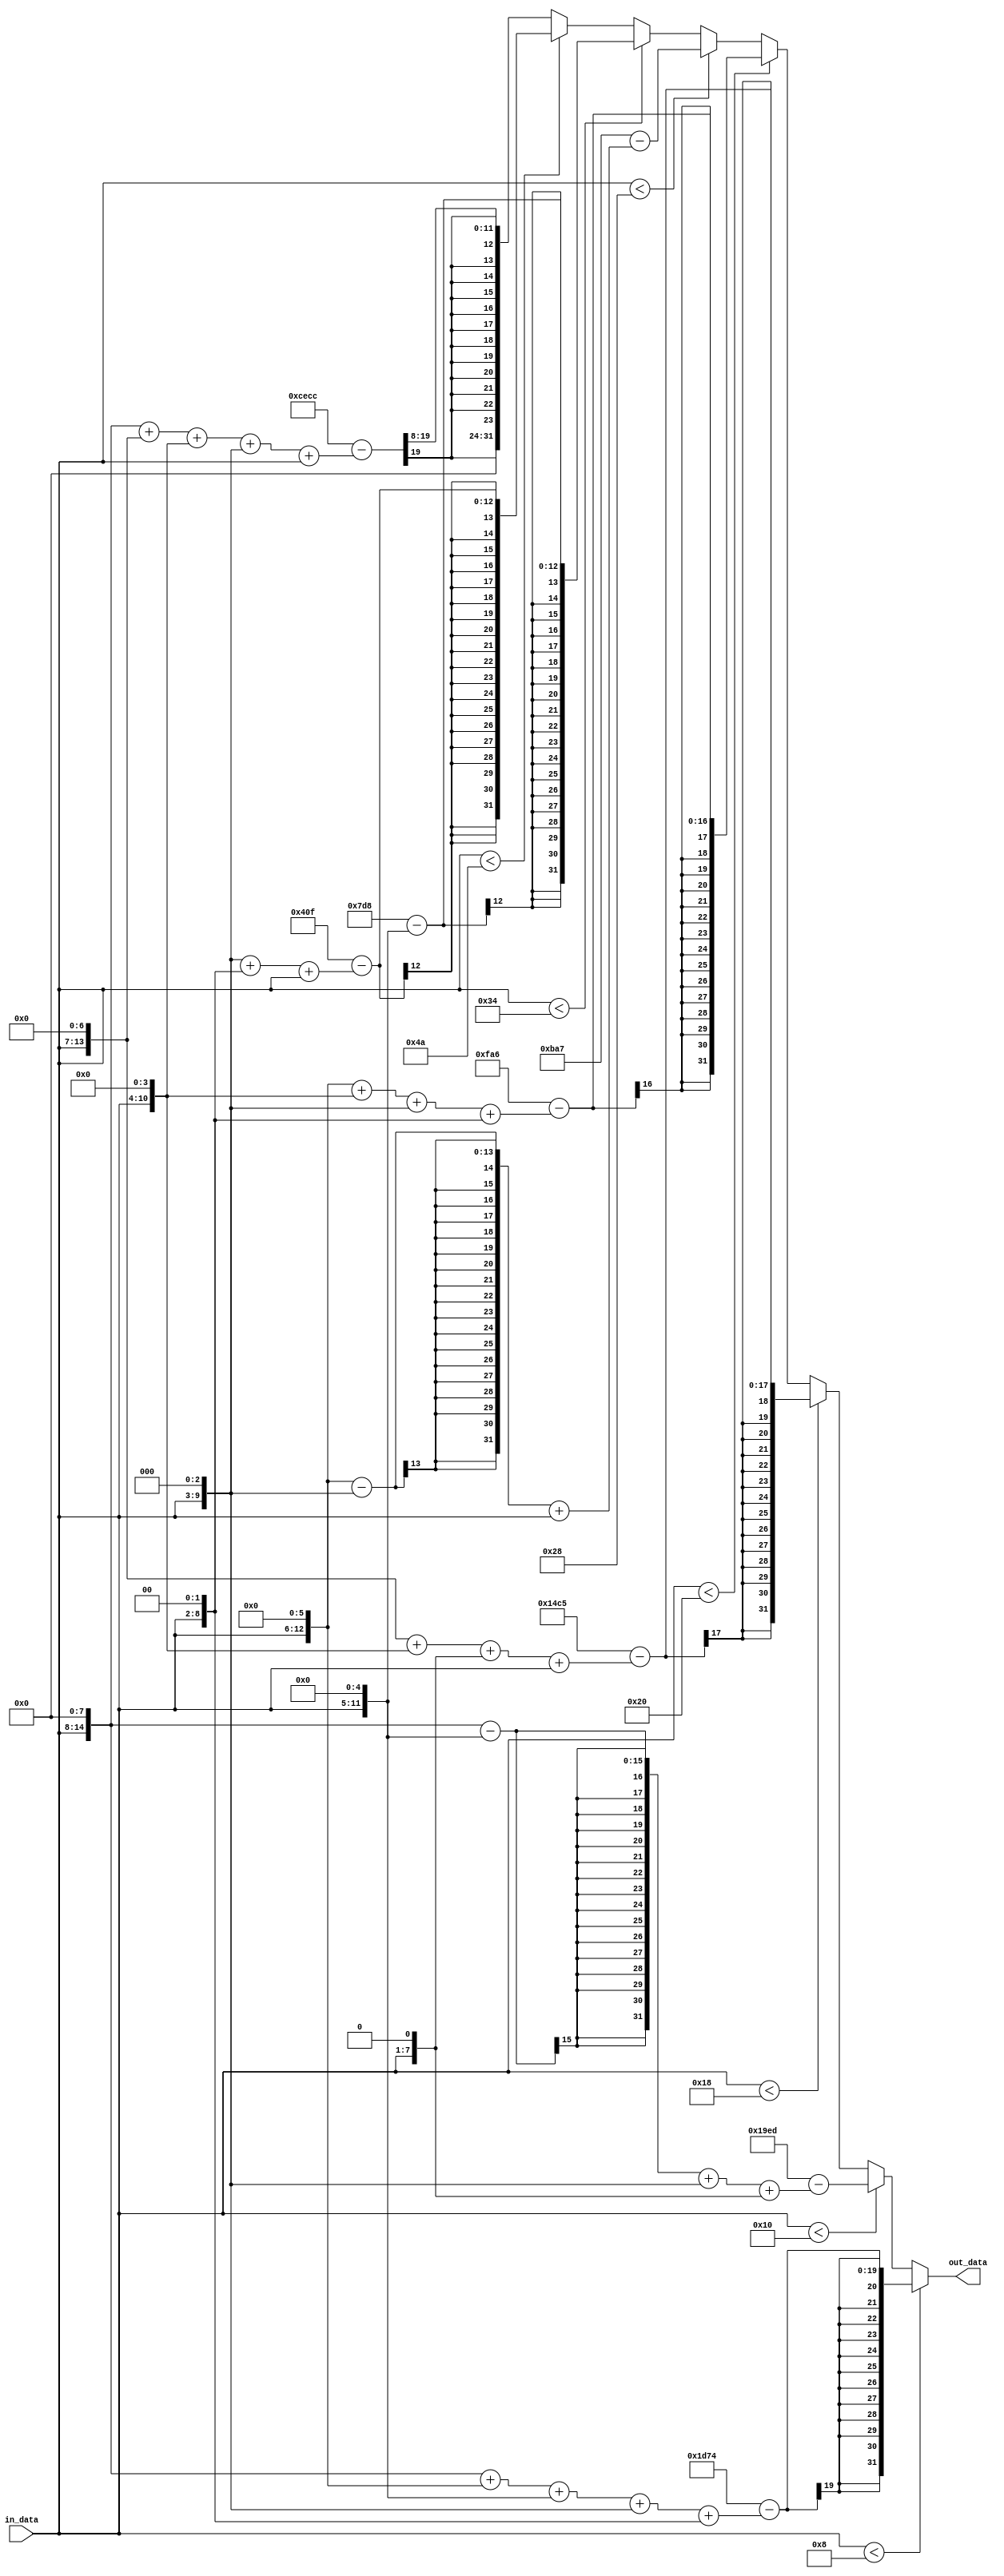
module lin2exp(in_data, out_data);

input wire [6:0] in_data;
output wire [31:0] out_data;

//wire [31:0] line1 = 7540 - (in_data * 364);
wire [31:0] line1 = 7540 - ({in_data,8'b0}+{in_data,6'b0}+{in_data,5'b0}+{in_data,3'b0}+{in_data,2'b0});

//wire [31:0] line2 = 6637 - (in_data * 235);
wire [31:0] line2 = 6637 - ({in_data,8'b0}-{in_data,5'b0}+{in_data,3'b0}+{in_data,1'b0});

//wire [31:0] line3 = 5317 - (in_data * 147);
wire [31:0] line3 = 5317 - ({in_data,7'b0}+{in_data,4'b0}+{in_data,1'b0}+in_data);

//wire [31:0] line4 = 4006 - (in_data * 90);
wire [31:0] line4 = 4006 - ({in_data,6'b0}+{in_data,4'b0}+{in_data,3'b0}+{in_data,2'b0});

//wire [31:0] line5 = 2983 - (in_data * 57);
wire [31:0] line5 = 2983 - ({in_data,6'b0}-{in_data,3'b0}+in_data);

//wire [31:0] line6 = 2008 - (in_data * 32);
wire [31:0] line6 = 2008 - ({in_data,5'b0});

//wire [31:0] line7 = 1039 - (in_data * 13);
wire [31:0] line7 = 1039 - ({in_data,3'b0}+{in_data,2'b0}+in_data);

//wire [31:0] line8 = 207 - (in_data * 2);
//real 206,8 - (in_data * 1,6)
wire [31:0] line8 = (16'hCECC - ( {in_data,8'b0} + {in_data,7'b0} + {in_data,4'b0} + {in_data,3'b0} + in_data ) ) >> 8;



assign out_data = (in_data <  8) ?  line1 :
                  (in_data < 16) ?  line2 :
                  (in_data < 24) ?  line3 :
                  (in_data < 32) ?  line4 :
                  (in_data < 40) ?  line5 :
                  (in_data < 52) ?  line6 :
                  (in_data < 74) ?  line7 :
                                    line8;
									 
endmodule